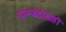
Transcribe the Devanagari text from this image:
दारूबंदीसाठी